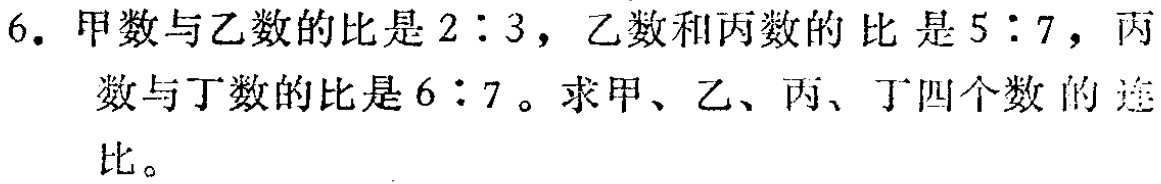
6. 甲数与乙数的比是\(2:3\)，乙数和丙数的比是\(5:7\)，丙数与丁数的比是\(6:7\)。求甲、乙、丙、丁四个数的连比。